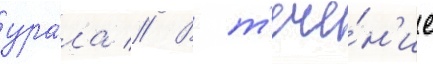
ура́ла // В т'ече́н'ие